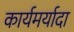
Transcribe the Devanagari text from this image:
कार्यमर्यादा